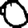
Digit: 0